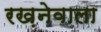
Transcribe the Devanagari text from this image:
रख़नेवाला